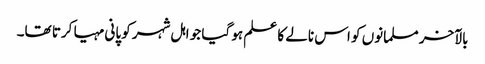
بالآخر مسلمانوں کو اس نالے کا علم ہو گیا جو اہل شہر کو پانی مہیا کرتا تھا۔